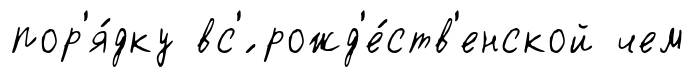
пор'я́дку вс'́ рожд'е́ств'енской чем